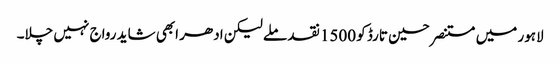
لاہور میں مستنصر حسین تارڈ کو 1500 نقد ملے لیکن ادھر ابھی شاید رواج نہیں چلا۔